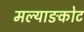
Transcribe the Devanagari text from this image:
मल्याङकोट